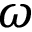
\omega